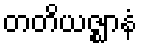
တတိယဇ္ဈာနံ